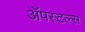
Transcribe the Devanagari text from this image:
ॲपस्टल्स